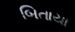
બિતાયા